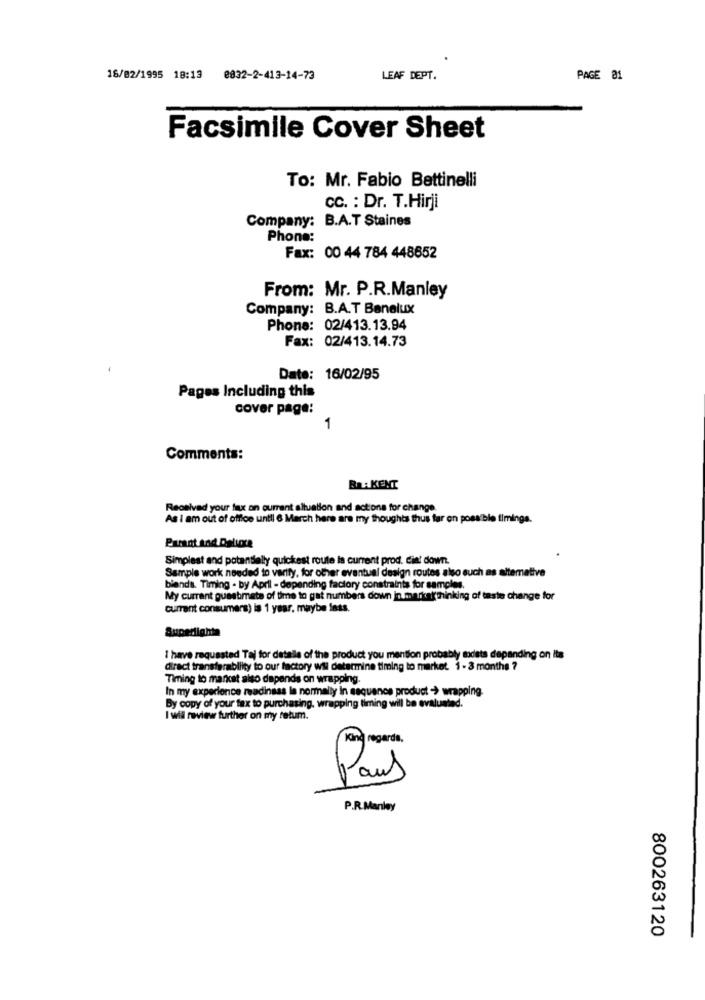
16/82/1995 18:13 8832-2-413-14-73
LEAF DEPT.
PAGE 01
Facsimile Cover Sheet
To: Mr. Fabio Bettinelli
CC. : Dr. T.Hirji
Company: B.A.T Staines
Phone:
Fax: 00 44 784 448652
From: Mr. P.R.Manley
Company: B.A.T Benelux
Phone: 02/413.13.94
Fax: 02/413.14.73
Date: 16/02/95
Pages Including this
cover page:
1
Comments:
Ra: KENT
Received your faux on current situation and actions for change.
As I am out of office until 6 March here are my thoughts thus far on possible timings.
Parant and Deluore
Simplest and potentially quickest route is current prod. diet down.
Sample work needed to varity, for other eventual design routes also such as altemative
biends. Timing . by April - depending factory constraints for samples.
My currant guestimate of time to gat numbers down in marketthinking of taste change for
current consumers) la 1 year. maybe fnss.
Superlightn
1 have requested Taj for details of the product you mention probably modets depending on its
direct transferability to our factory wil determine timing to market. 1 - 3 months ?
Timing to mancat also depends on wrapping.
In my experience readiness la normally in sequence product - wrapping.
By copy of your tax to purchasing. wrapping timing will be evaluated.
I will review further on my retum.
Kind regards,
Paul
P.R.Manley
800263120